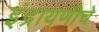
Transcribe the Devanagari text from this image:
इंद्रायणीचे